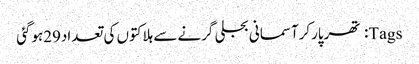
Tags: تھرپارکرآسمانی بجلی گرنے سے ہلاکتوں کی تعداد29ہوگئی